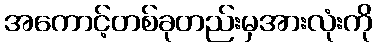
အကောင့်တစ်ခုတည်းမှအားလုံးကို